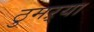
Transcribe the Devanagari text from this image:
ठुमऱ्या